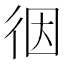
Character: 𢓨